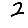
Digit: 2